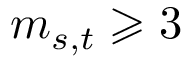
m _ { s , t } \geqslant 3